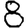
Digit: 8